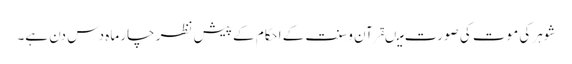
شوہر کی موت کی صورت میںقرآن وسنت کے احکام کے پیش نظر چار ماہ دس دن ہے۔